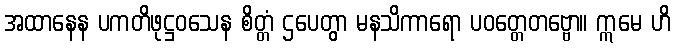
အထာနေန ပကတိဖုဋ္ဌဝသေန စိတ္တံ ဌပေတွာ မနသိကာရော ပဝတ္တေတဗ္ဗော။ ဣမေ ဟိ